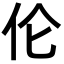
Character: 伦